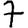
Digit: 7